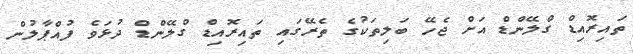
ތައިރޮއިޑް ގްލޭންޑް އަށް ޖެހޭ ބަލިތަކުގެ ތެރޭގައި ތައިރޮއިޑް ގްލޭންޑް ދުޅަވެ ފުއްޕާލުން